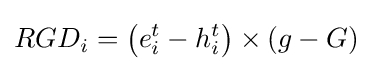
RGD_{i}=\left(e_{i}^{t}-h_{i}^{t}\right)\times \left(g-G\right)